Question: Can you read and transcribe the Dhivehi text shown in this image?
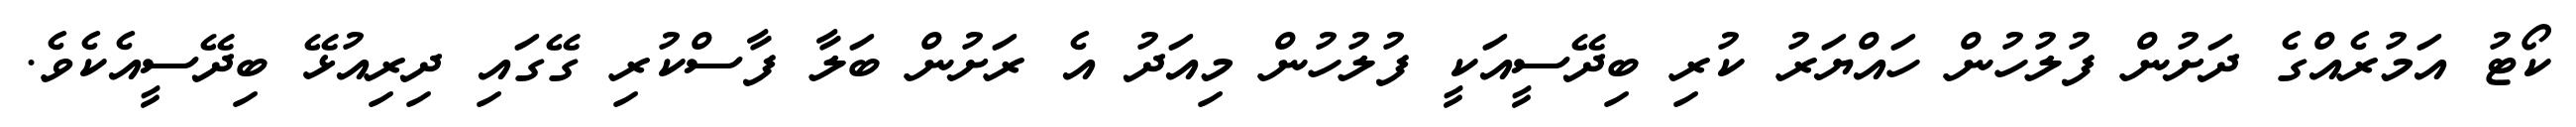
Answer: ކޯޓު އަމުރެއްގެ ދަށުން ފުލުހުން ހައްޔަރު ކުރި ބިދޭސީއަކީ ފުލުހުން މިއަދު އެ ރަށުން ބަލާ ފާސްކުރި ގޭގައި ދިރިއުޅޭ ބިދޭސީއެކެވެ.